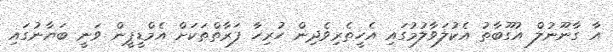
އާ ގާނޫނުލް އުގޫބާތު އެކުލަވާލުމުގައި އެހީތެރިވެދިން ހުރިހާ ފަރާތްތަކަށް އެމްޑީޕީން ވަނީ ބަޔާނުގައި